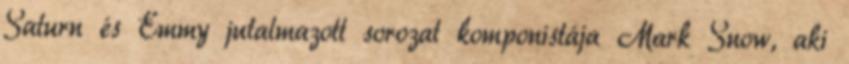
Saturn és Emmy jutalmazott sorozat komponistája Mark Snow, aki